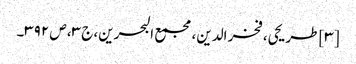
[۳] طریحی، فخر الدین، مجمع البحرین، ج ۳، ص ۳۹۲۔